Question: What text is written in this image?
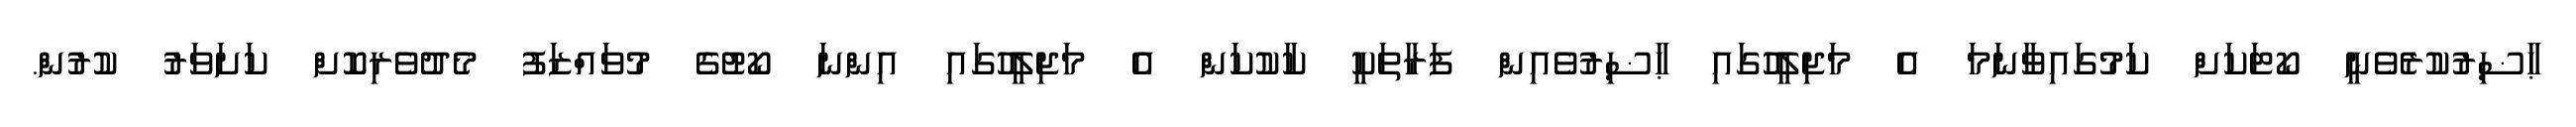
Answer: ޙާޟިރުކުރެވެނީ ކޯޓަކަށް ކަމުގައިވާނަމަ އެ މަޖިލީހުގައި ޙާޟިރުވެއިން ފަރާތަކީ ކާކުކަން އެ މަޖިލީހުގައި އިންނަ ކޯޓުގެ މުވައްޒަފު މެދުވެރިކޮށް ކަށަވަރު ކުރުން.